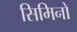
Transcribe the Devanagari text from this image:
सिमिनो